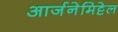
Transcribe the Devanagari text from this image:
आर्जनेमिट्टेल